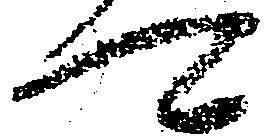
可